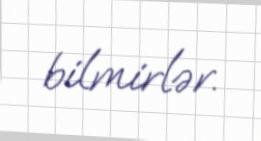
bilmirlər.